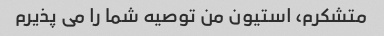
متشکرم، استیون من توصیه شما را می پذیرم